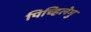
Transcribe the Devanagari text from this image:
पिच्हिलेमु